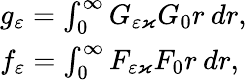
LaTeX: \begin{array}{l}{g_{\varepsilon}=\int_{0}^{\infty}G_{\varepsilon\varkappa}G_{0}r\: dr,}\\ {f_{\varepsilon}=\int_{0}^{\infty}F_{\varepsilon\varkappa}F_{0}r\: dr,}\end{array}